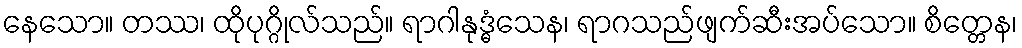
နေသော။ တဿ၊ ထိုပုဂ္ဂိုလ်သည်။ ရာဂါနုဒ္ဓံသေန၊ ရာဂသည်ဖျက်ဆီးအပ်သော။ စိတ္တေန၊